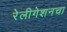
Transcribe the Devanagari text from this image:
रेलीगेशनचा